Civil Veterinary Department. Madras. Admin. report 1926-33 - 1926-1933
Year: 1926
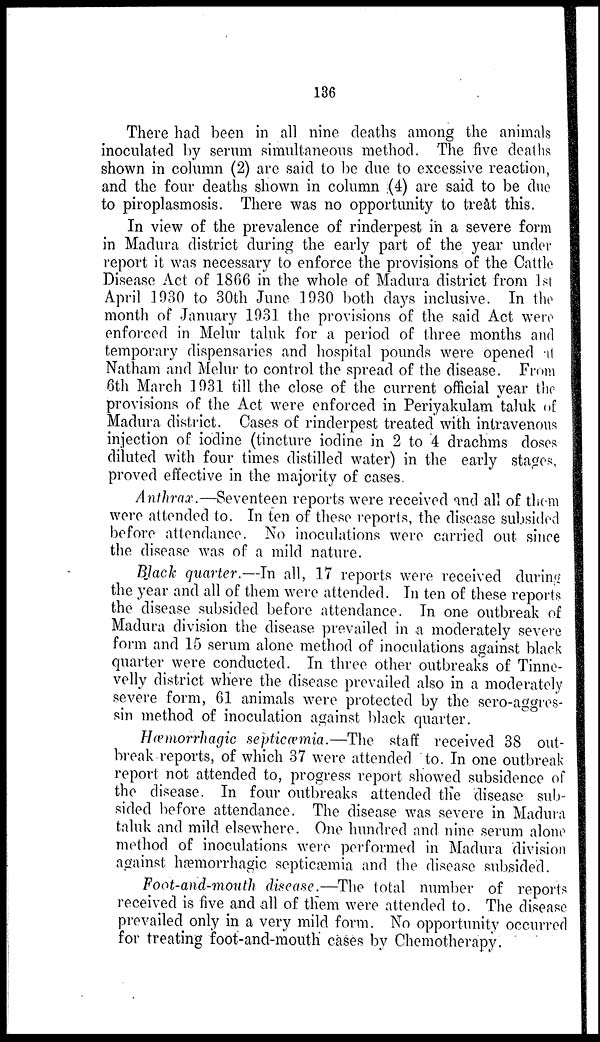
136
There had been in all nine deaths among the animals
inoculated by serum simultaneous method. The five deaths
shown in column (2) are said to be due to excessive reaction,
and the four deaths shown in column (4) are said to be due
to piroplasmosis. There was no opportunity to treat this.
In view of the prevalence of rinderpest in a severe form
in Madura district during the early part of the year under
report it was necessary to enforce the provisions of the Cattle
Disease Act of 1866 in the whole of Madura district from 1st
April 1930 to 30th June 1930 both days inclusive. In the
month of January 1931 the provisions of the said Act were
enforced in Melur taluk for a period of three months and
temporary dispensaries and hospital pounds were opened at
Natham and Melur to control the spread of the disease. From
6th March 1931 till the close of the current official year the
provisions of the Act were enforced in Periyakulam taluk of
Madura district. Cases of rinderpest treated with intravenous
injection of iodine (tincture iodine in 2 to 4 drachms doses
diluted with four times distilled water) in the early stages,
proved effective in the majority of cases.
Anthrax.—Seventeen reports were received and all of them
were attended to. In ten of these reports, the disease subsided
before attendance. No inoculations were carried out since
the disease was of a mild nature.
Black quarter.—In all, 17 reports were received during
the year and all of them were attended. In ten of these reports
the disease subsided before attendance. In one outbreak of
Madura division the disease prevailed in a moderately severe
form and 15 serum alone method of inoculations against black
quarter were conducted. In three other outbreaks of Tinne-
velly district where the disease prevailed also in a moderately
severe form, 61 animals were protected by the sero-aggres-
sin method of inoculation against black quarter.
Hæmorrhagic septicæmia.—The staff received 38 out-
break reports, of which 37 were attended to. In one outbreak-
report not attended to, progress report showed subsidence of
the disease. In four outbreaks attended the disease sub-
sided before attendance. The disease was severe in Madura
taluk and mild elsewhere. One hundred and nine serum alone
method of inoculations were performed in Madura division
against hæmorrhagic septicæmia and the disease subsided.
Foot-and-mouth disease.—The total number of reports
received is five and all of them were attended to. The disease
prevailed only in a very mild form. No opportunity occurred
for treating foot-and-mouth cases by Chemotherapy.